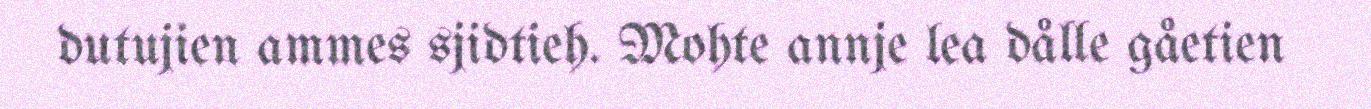
dutujien ammes sjidtieh. Mohte annje lea dålle gåetien